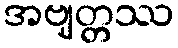
အဗျတ္တဿ